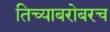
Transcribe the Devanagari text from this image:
तिच्याबरोबरच